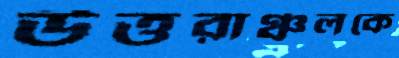
উত্তরাঞ্চলকে